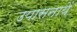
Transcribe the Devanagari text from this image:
उपासनायें